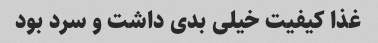
غذا کیفیت خیلی بدی داشت و سرد بود